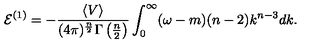
{ \cal E } ^ { ( 1 ) } = - \frac { \langle V \rangle } { ( 4 \pi ) ^ { \frac { n } { 2 } } \Gamma \left( \frac { n } { 2 } \right) } \int _ { 0 } ^ { \infty } ( \omega - m ) ( n - 2 ) k ^ { n - 3 } d k .